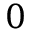
0